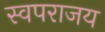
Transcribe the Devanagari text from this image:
स्वपराजय